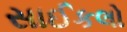
સાઈકલો